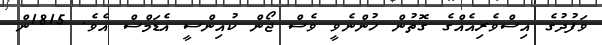
ވަފުދުގެ އިސްވެރިއެއްގެ ގޮތުން ހުންނެވީ ވެސް ޖޯން ކުއިންސީ އެޑަމްސް އެވެ. 1815ން